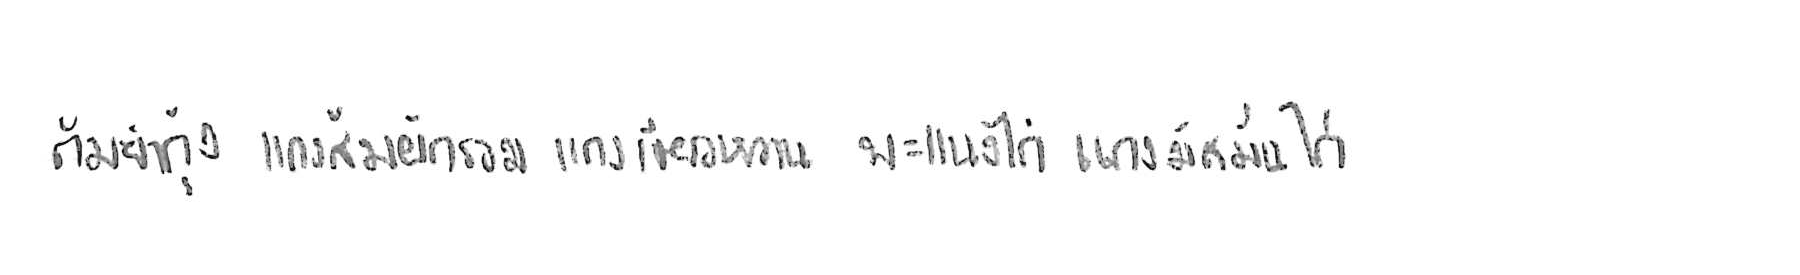
ต้มยำกุ้ง แกงส้มผักรวม แกงเขียวหวาน พะแนงไก่ แกงมัสมั่นไก่